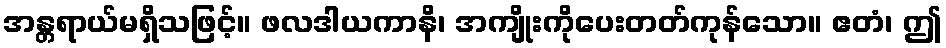
အန္တရာယ်မရှိသဖြင့်။ ဖလဒါယကာနိ၊ အကျိုးကိုပေးတတ်ကုန်သော။ ဧတံ၊ ဤ